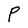
Character: P